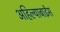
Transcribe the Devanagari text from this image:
अहिल्याबाईंस